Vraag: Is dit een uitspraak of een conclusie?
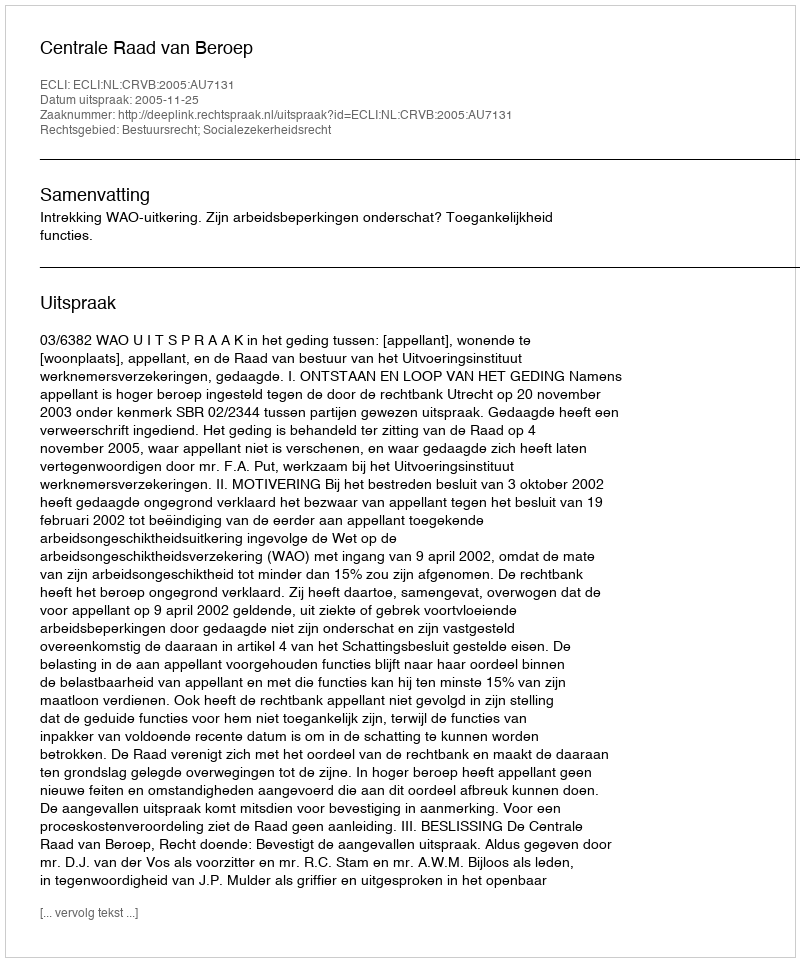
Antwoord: Uitspraak